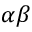
\alpha \beta